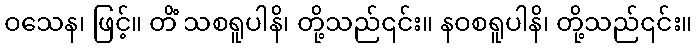
ဝသေန၊ ဖြင့်။ တိံ သစရူပါနိ၊ တို့သည်၎င်း။ နဝစရူပါနိ၊ တို့သည်၎င်း။